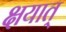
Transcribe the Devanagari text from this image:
क्षयात्